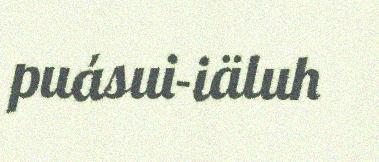
puásui-iäluh